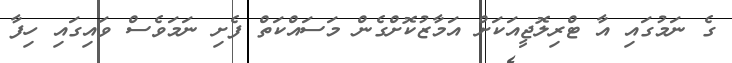
ގެ ނަމުގައި އާ ޓްރިލޮޖީއަކަށް އަމާޒުކޮށްގެން މަސައްކަތް ފެށި ނަމަވެސް ވައިގައި ހިފާ